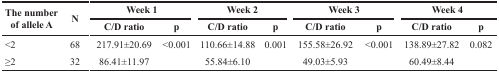
<table><thead><tr><td rowspan="2"><b>The number of allele A </b></td><td rowspan="2"><b>N</b></td><td colspan="2"><b>Week 1</b></td><td colspan="2"><b>Week 2</b></td><td colspan="2"><b>Week 3</b></td><td colspan="2"><b>Week 4</b></td></tr><tr><td><b>C/D ratio</b></td><td><b>p</b></td><td><b>C/D ratio</b></td><td><b>p</b></td><td><b>C/D ratio</b></td><td><b>p</b></td><td><b>C/D ratio</b></td><td><b>p</b></td></tr></thead><tbody><tr><td>&lt;2</td><td>68</td><td>217.91±20.69</td><td>&lt;0.001</td><td>110.66±14.88</td><td>0.001</td><td>155.58±26.92</td><td>&lt;0.001</td><td>138.89±27.82</td><td>0.082</td></tr><tr><td>≥2</td><td>32</td><td>86.41±11.97</td><td></td><td>55.84±6.10</td><td></td><td>49.03±5.93</td><td></td><td>60.49±8.44</td><td></td></tr></tbody></table>